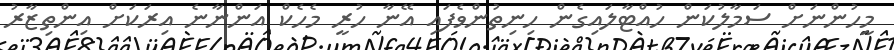
މީހުންނަށް ސަމާލުކަން ހުއްޓާލައިގެން ހިނިތުންވެފައި އޭނާ ހުރީ މެހެކް އަންނާނެ އިރަކަށް އިންތިޒާރު